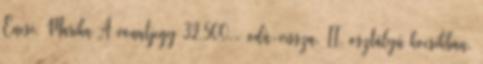
Encsi, Marika A vonatjegy 32,500.- oda-vissza, II. osztályú kocsikban.